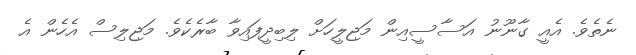
ނެތެވެ. އެއީ ގާނޫނު އަސާސީއިން މަޖިލީހަށް ލިބިދީފައިވާ ބާރެކެވެ. މަޖިލިސް އެހެން އެ